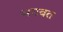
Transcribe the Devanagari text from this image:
भगबत